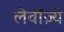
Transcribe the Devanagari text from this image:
लेवॉज़्ये